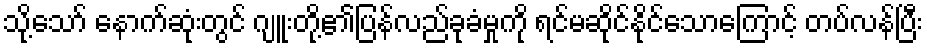
သို့သော် နောက်ဆုံးတွင် ဂျူးတို့၏ပြန်လည်ခုခံမှုကို ရင်မဆိုင်နိုင်သောကြောင့် တပ်လန်ပြီး